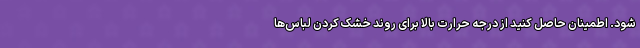
شود. اطمینان حاصل کنید از درجه حرارت بالا برای روند خشک کردن لباس‌ها